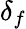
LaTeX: \delta_{f}